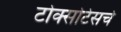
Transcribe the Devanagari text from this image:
टोक्सोटेसचे